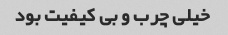
خیلى چرب و بى کیفیت بود